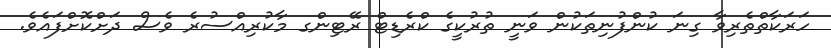
ހަރަކާތްތެރިވާ ގިނަ ކުންފުނިތަކުން ވަނީ ތުރުކީީގެ ކްރެޑިޓް ރޭޓިންގ މާކުރިއްސުރެ ވެސް ދަށްކޮށްފައެވެ.